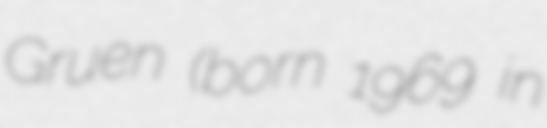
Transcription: Gruen (born 1969 in